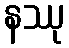
နဿု